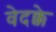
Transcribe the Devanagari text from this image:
वेदक्के